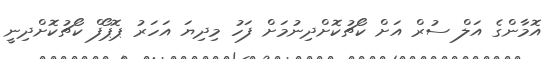
އޮމާންގެ އަލް ސުރް އަށް ކޯޗުކޮށްދިނުމަށް ފަހު މިދިޔަ އަހަރު ޕޮޕޯފް ކޯޗުކޮށްދިނީ